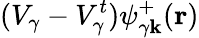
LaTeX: (V_{\gamma}-V_{\gamma}^{t})\psi_{\gamma\mathbf{k}}^{+}(\mathbf{r})